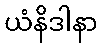
ယံနိဒါနာ